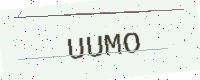
Text: UUMO